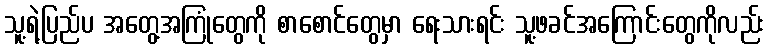
သူ့ရဲ့ပြည်ပ အတွေ့အကြုံတွေကို စာစောင်တွေမှာ ရေးသားရင်း သူ့ဖခင်အကြောင်းတွေကိုလည်း